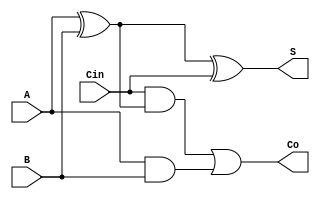
`timescale 1ns / 1ps

module _Full_Adder(
    input A,B,Cin,
    output Co,S   
    );
    wire AexorBwire, AandBwire, Cinand_AexorBwire;
    
    xor AexorB(AexorBwire, A, B);
    and AandB(AandBwire, A, B);
    and Cinand_AexorB(Cinand_AexorBwire, Cin, AexorBwire);
    or AandB_or_Cinand_AexorB(Co, Cinand_AexorBwire, AandBwire);
    
    xor Cinexor_AandB(S, AexorBwire, Cin);
    
endmodule

module _7483(
    input[3:0] A,B,
    input C_0,
    output [3:0] S,
    output C_4
);
wire[3:1] C;

_Full_Adder FA0(A[0], B[0], C_0, C[1], S[0]);
_Full_Adder FA1(A[1], B[1], C[1], C[2], S[1]);
_Full_Adder FA2(A[2], B[2], C[2], C[3], S[2]);
_Full_Adder FA3(A[3], B[3], C[3], C_4, S[3]);

endmodule

module _8bitCompl(
    input[7:0] B,
    input Cin,
    output[7:0] Bout
);

xor xor0(Bout[0], B[0], Cin);
xor xor1(Bout[1], B[1], Cin);
xor xor2(Bout[2], B[2], Cin);
xor xor3(Bout[3], B[3], Cin);
xor xor4(Bout[4], B[4], Cin);
xor xor5(Bout[5], B[5], Cin);
xor xor6(Bout[6], B[6], Cin);
xor xor7(Bout[7], B[7], Cin);

endmodule


module _8bitbinaddsub(
    input[7:0] A,B,
    input C_0,
    output[7:0] S,
    output C_8
);
wire[7:0] Bout;
wire C_4;

_8bitCompl comp(B, C_0, Bout);
_7483 least_adder(A[3:0], Bout[3:0], C_0, S[3:0], C_4);
_7483 most_adder (A[7:4], Bout[7:4], C_4, S[7:4], C_8);


endmodule